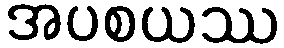
အပစယဿ